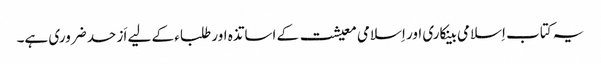
یہ کتاب اِسلامی بینکاری اور اِسلامی معیشت کے اساتذہ اور طلباء کے لیے اَز حد ضروری ہے۔